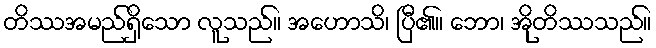
တိဿအမည်ရှိသော လူသည်။ အဟောသိ၊ ပြီ၏။ ဘော၊ အိုတိဿသည်။